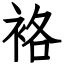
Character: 袼